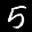
Label: 5